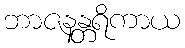
ဘာဇနန္တရိကာယ